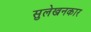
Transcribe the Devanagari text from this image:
सुलेखनकार